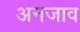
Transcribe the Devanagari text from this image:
अनजाव